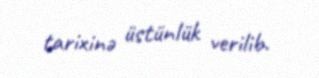
tarixinə üstünlük verilib.